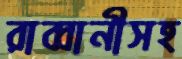
রাব্বানীসহ